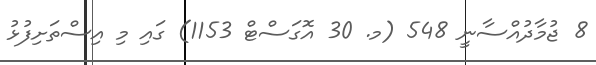
8 ޖުމާދުއްސާނީ 548 (މ. 30 އޮގަސްޓް 1153) ގައި މި އިސްތަށިފުޅު